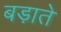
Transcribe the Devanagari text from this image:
बड़ाते